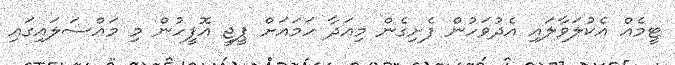
ޓީމެއް އެކުލަވާލައި އެދުވަހުން ފެށިގެން މިއަދާ ހަމައަށް ޕީޖީ އޮފީހުން މި މައްސަލައިގައި